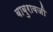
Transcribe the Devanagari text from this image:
बाबुरावजी